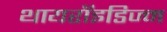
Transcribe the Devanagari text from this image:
थायरॉइडिज्म